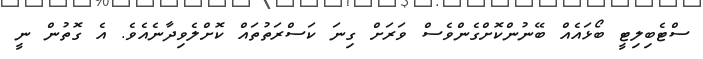
ސްޓެބިލިޓީ ބޯޅައެއް ބޭނުންކޮށްގެންވެސް ވަރަށް ގިނަ ކަސްރަތުތައް ކޮށްލެވިދާނެއެވެ. އެ ގޮތުން ނީ